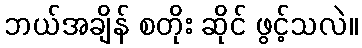
ဘယ်အချိန် စတိုး ဆိုင် ဖွင့်သလဲ။